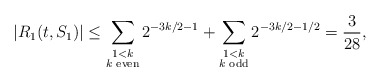
\begin{align*}|R_1(t,S_1)| \leq \sum_{\substack{1 < k \\ k \textrm{ even}}} 2^{-3k/2 - 1} + \sum_{\substack{1 < k \\ k \textrm{ odd}}} 2^{-3k/2 - 1/2} = \frac{3}{28},\end{align*}